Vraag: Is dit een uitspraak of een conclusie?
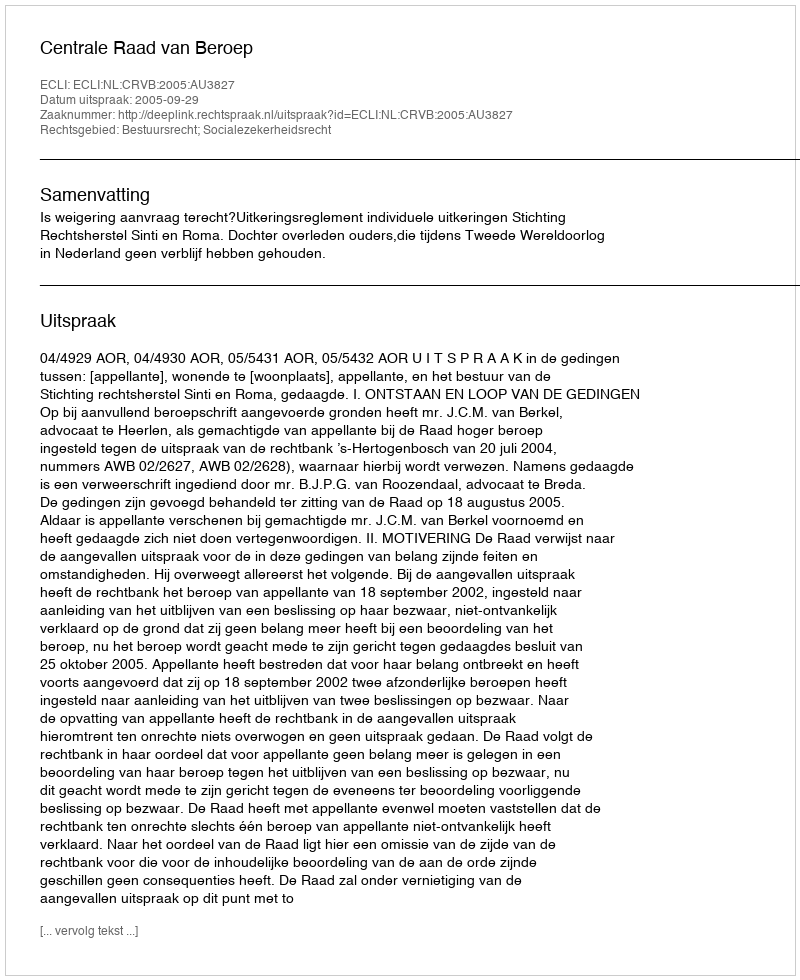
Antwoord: Uitspraak